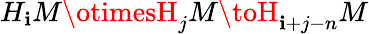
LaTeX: H_{\mathbf{i}}M\otimesH_{j}M\toH_{\mathbf{i}+j-n}M